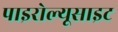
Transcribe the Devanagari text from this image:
पाइरोल्यूसाइट